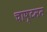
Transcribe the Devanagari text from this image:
चाष्टमम